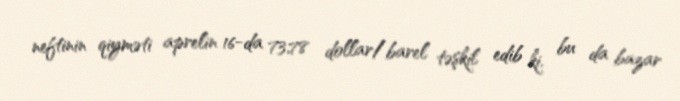
neftinin qiyməti aprelin 16-da 73,78 dollar/barel təşkil edib ki, bu da bazar